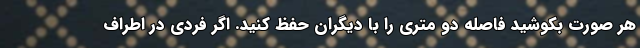
هر صورت بکوشید فاصله دو متری را با دیگران حفظ کنید. اگر فردی در اطراف